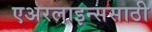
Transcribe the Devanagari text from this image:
एअरलाइन्ससाठी